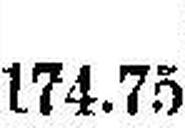
174.75